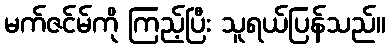
မက်ဇင်မ်ကို ကြည့်ပြီး သူရယ်ပြန်သည်။